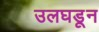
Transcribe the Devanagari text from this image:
उलघडून